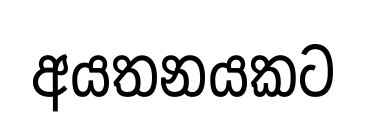
අයතනයකට